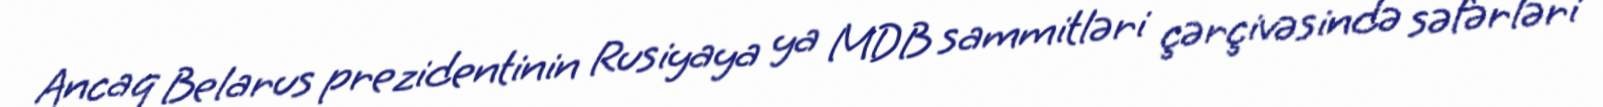
Ancaq Belarus prezidentinin Rusiyaya ya MDB sammitləri çərçivəsində səfərləri